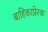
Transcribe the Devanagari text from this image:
बाहिकाप्रेरक